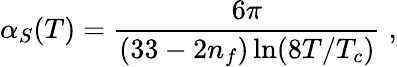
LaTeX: \alpha_{S}(T)=\frac{6\pi}{(33-2n_{f})\ln(8T/T_{c})}\; ,